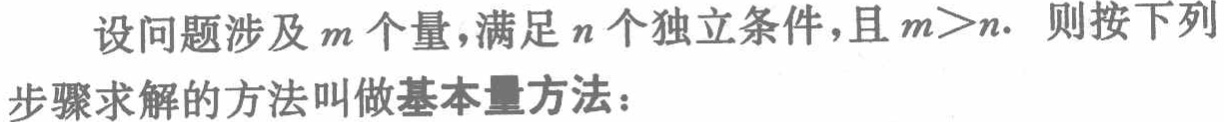
设问题涉及\(m\)个量，满足\(n\)个独立条件，且\(m>n\). 则按下列步骤求解的方法叫做基本量方法：